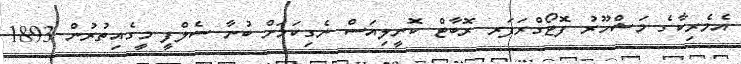
އެމެރިކާގެ މަޝްހޫރު ފޮޓޯގްރަފަރ ރޮބާޓް ކޮނީލިއަސް ނެގިކަމަށް ބުނާ ސެލްފީ މީގެއިތުރުން 1893